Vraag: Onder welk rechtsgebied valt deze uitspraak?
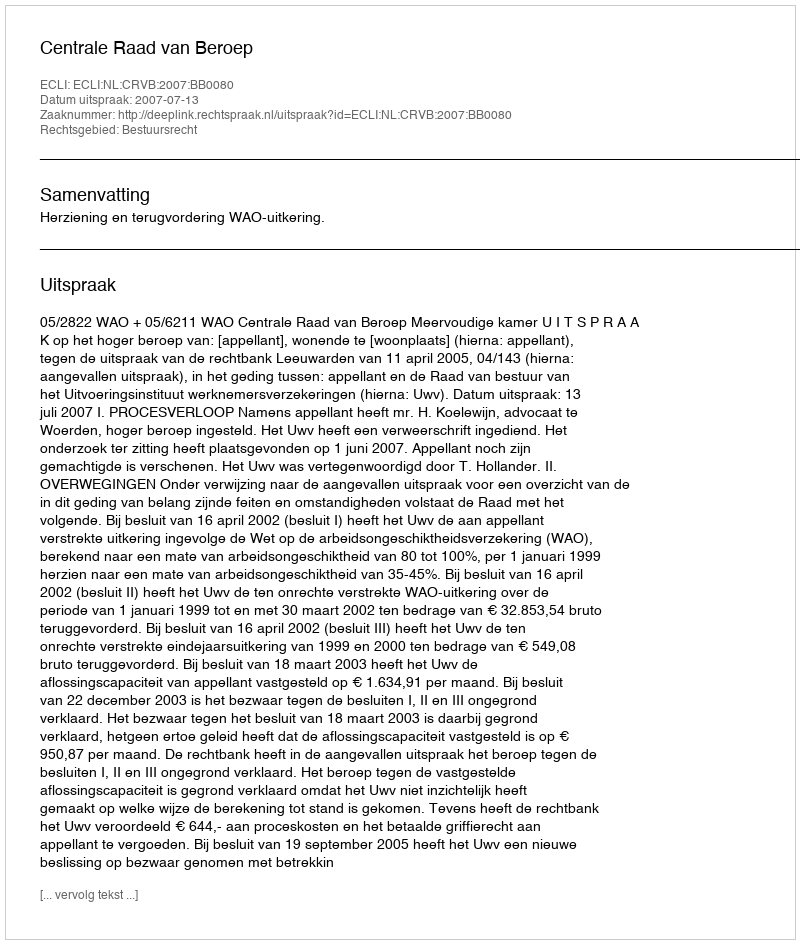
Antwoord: Bestuursrecht